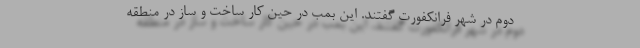
دوم در شهر فرانکفورت گفتند. این بمب در حین کار ساخت و ساز در منطقه